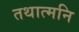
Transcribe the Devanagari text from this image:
तथात्मनि